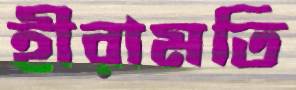
হীরামতি